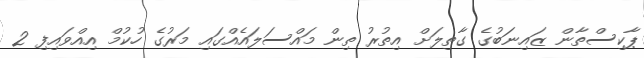
ޕާކިސްތާން ޒައިނަބުގެ ގާތިލަށް އިތުރު ތިން މައްސަލައެއްގައި މަރުގެ ހުކުމް އިއްވައިފި 2